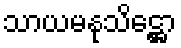
သာယမနုသိဋ္ဌော